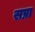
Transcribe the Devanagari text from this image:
सप्ना